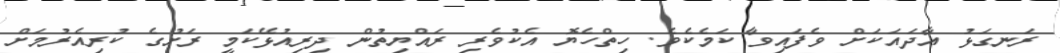
ރަނގަޅު އާދައަކަށް ވެފައިވާ ކަމެކެވެ. ހިތްހެޔޮ އެކުވެރި ރައްޔިތުން ދިރިއުޅޭކަމީ ރަށުގެ ކުރިއެރުމަށް